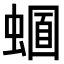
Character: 𧏈